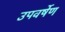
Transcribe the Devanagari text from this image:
उपवर्षेण